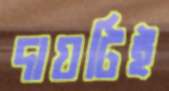
দায়টিই